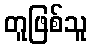
တူဖြစ်သူ